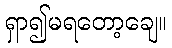
ရှာ၍မရတော့ချေ။